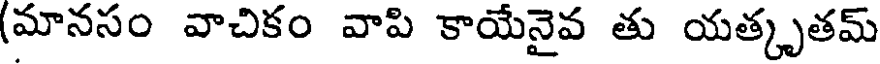
(మానసం వాచికం వాపి కాయేనైవ తు యత్కృతమ్